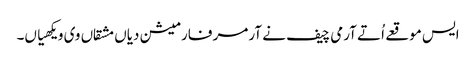
ایس موقعے اُتے آرمی چیف نے آرمر فارمیشن دیاں مشقاں وی ویکھیاں۔